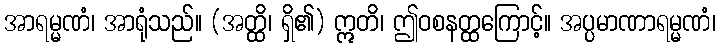
အာရမ္မဏံ၊ အာရုံသည်။ (အတ္ထိ၊ ရှိ၏) ဣတိ၊ ဤဝစနတ္ထကြောင့်။ အပ္ပမာဏာရမ္မဏံ၊